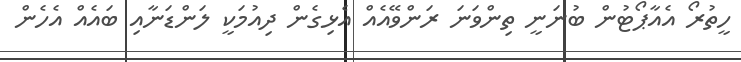
ހީތުރޯ އެއާޕޯޓުން ބުނަނީ ތިންވަނަ ރަންވޭއެއް އެޅިގެން ދިއުމަކީ ލަންޑަނާއި ބައެއް އެހެން